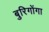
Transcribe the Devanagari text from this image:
बुरिगोंगा